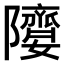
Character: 𨽘